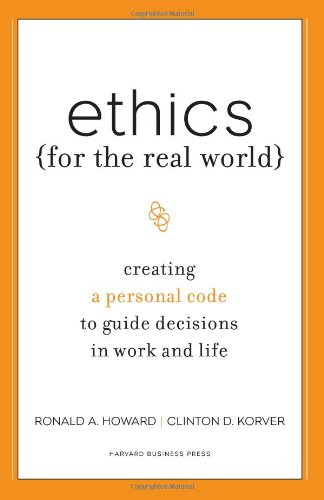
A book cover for Ethics for the Real World: Creating a Personal Code to Guide Decisions in Work and Life; Ronald A. Howard; Business & Money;